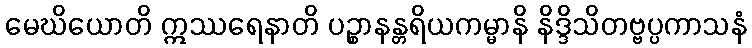
မေဃိယောတိ ဣဿရေနာတိ ပဉ္စာနန္တရိယကမ္မာနိ နိဒ္ဒိသိတဗ္ဗပ္ပကာသနံ